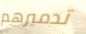
تدميرهم